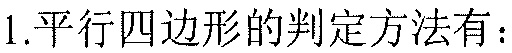
1.平行四边形的判定方法有：